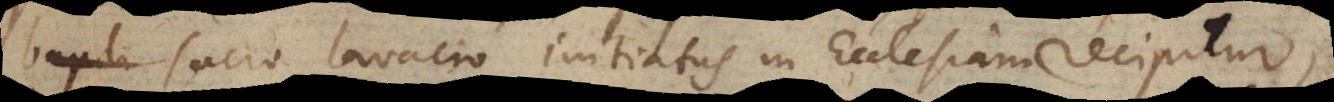
bapti sacro lavacro initiatus in Ecclesiam recipitur,